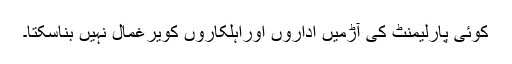
کوئی پارلیمنٹ کی آڑمیں اداروں اوراہلکاروں کویرغمال نہیں بناسکتا۔